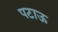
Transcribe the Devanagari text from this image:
पटाऊ